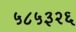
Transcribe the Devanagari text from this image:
५८५३२६